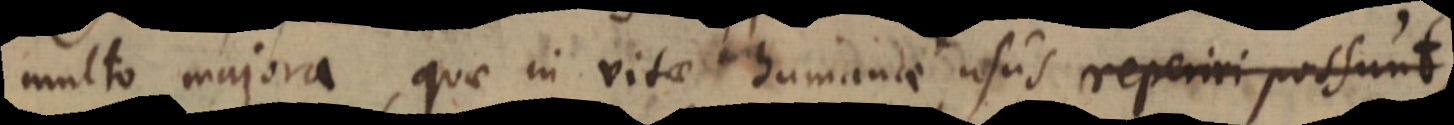
multo majora, quae in vitae humanae usus reperiri possunt